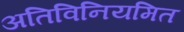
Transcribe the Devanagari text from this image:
अतिविनियमित